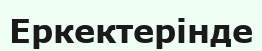
Еркектерінде